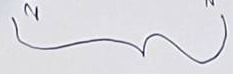
}